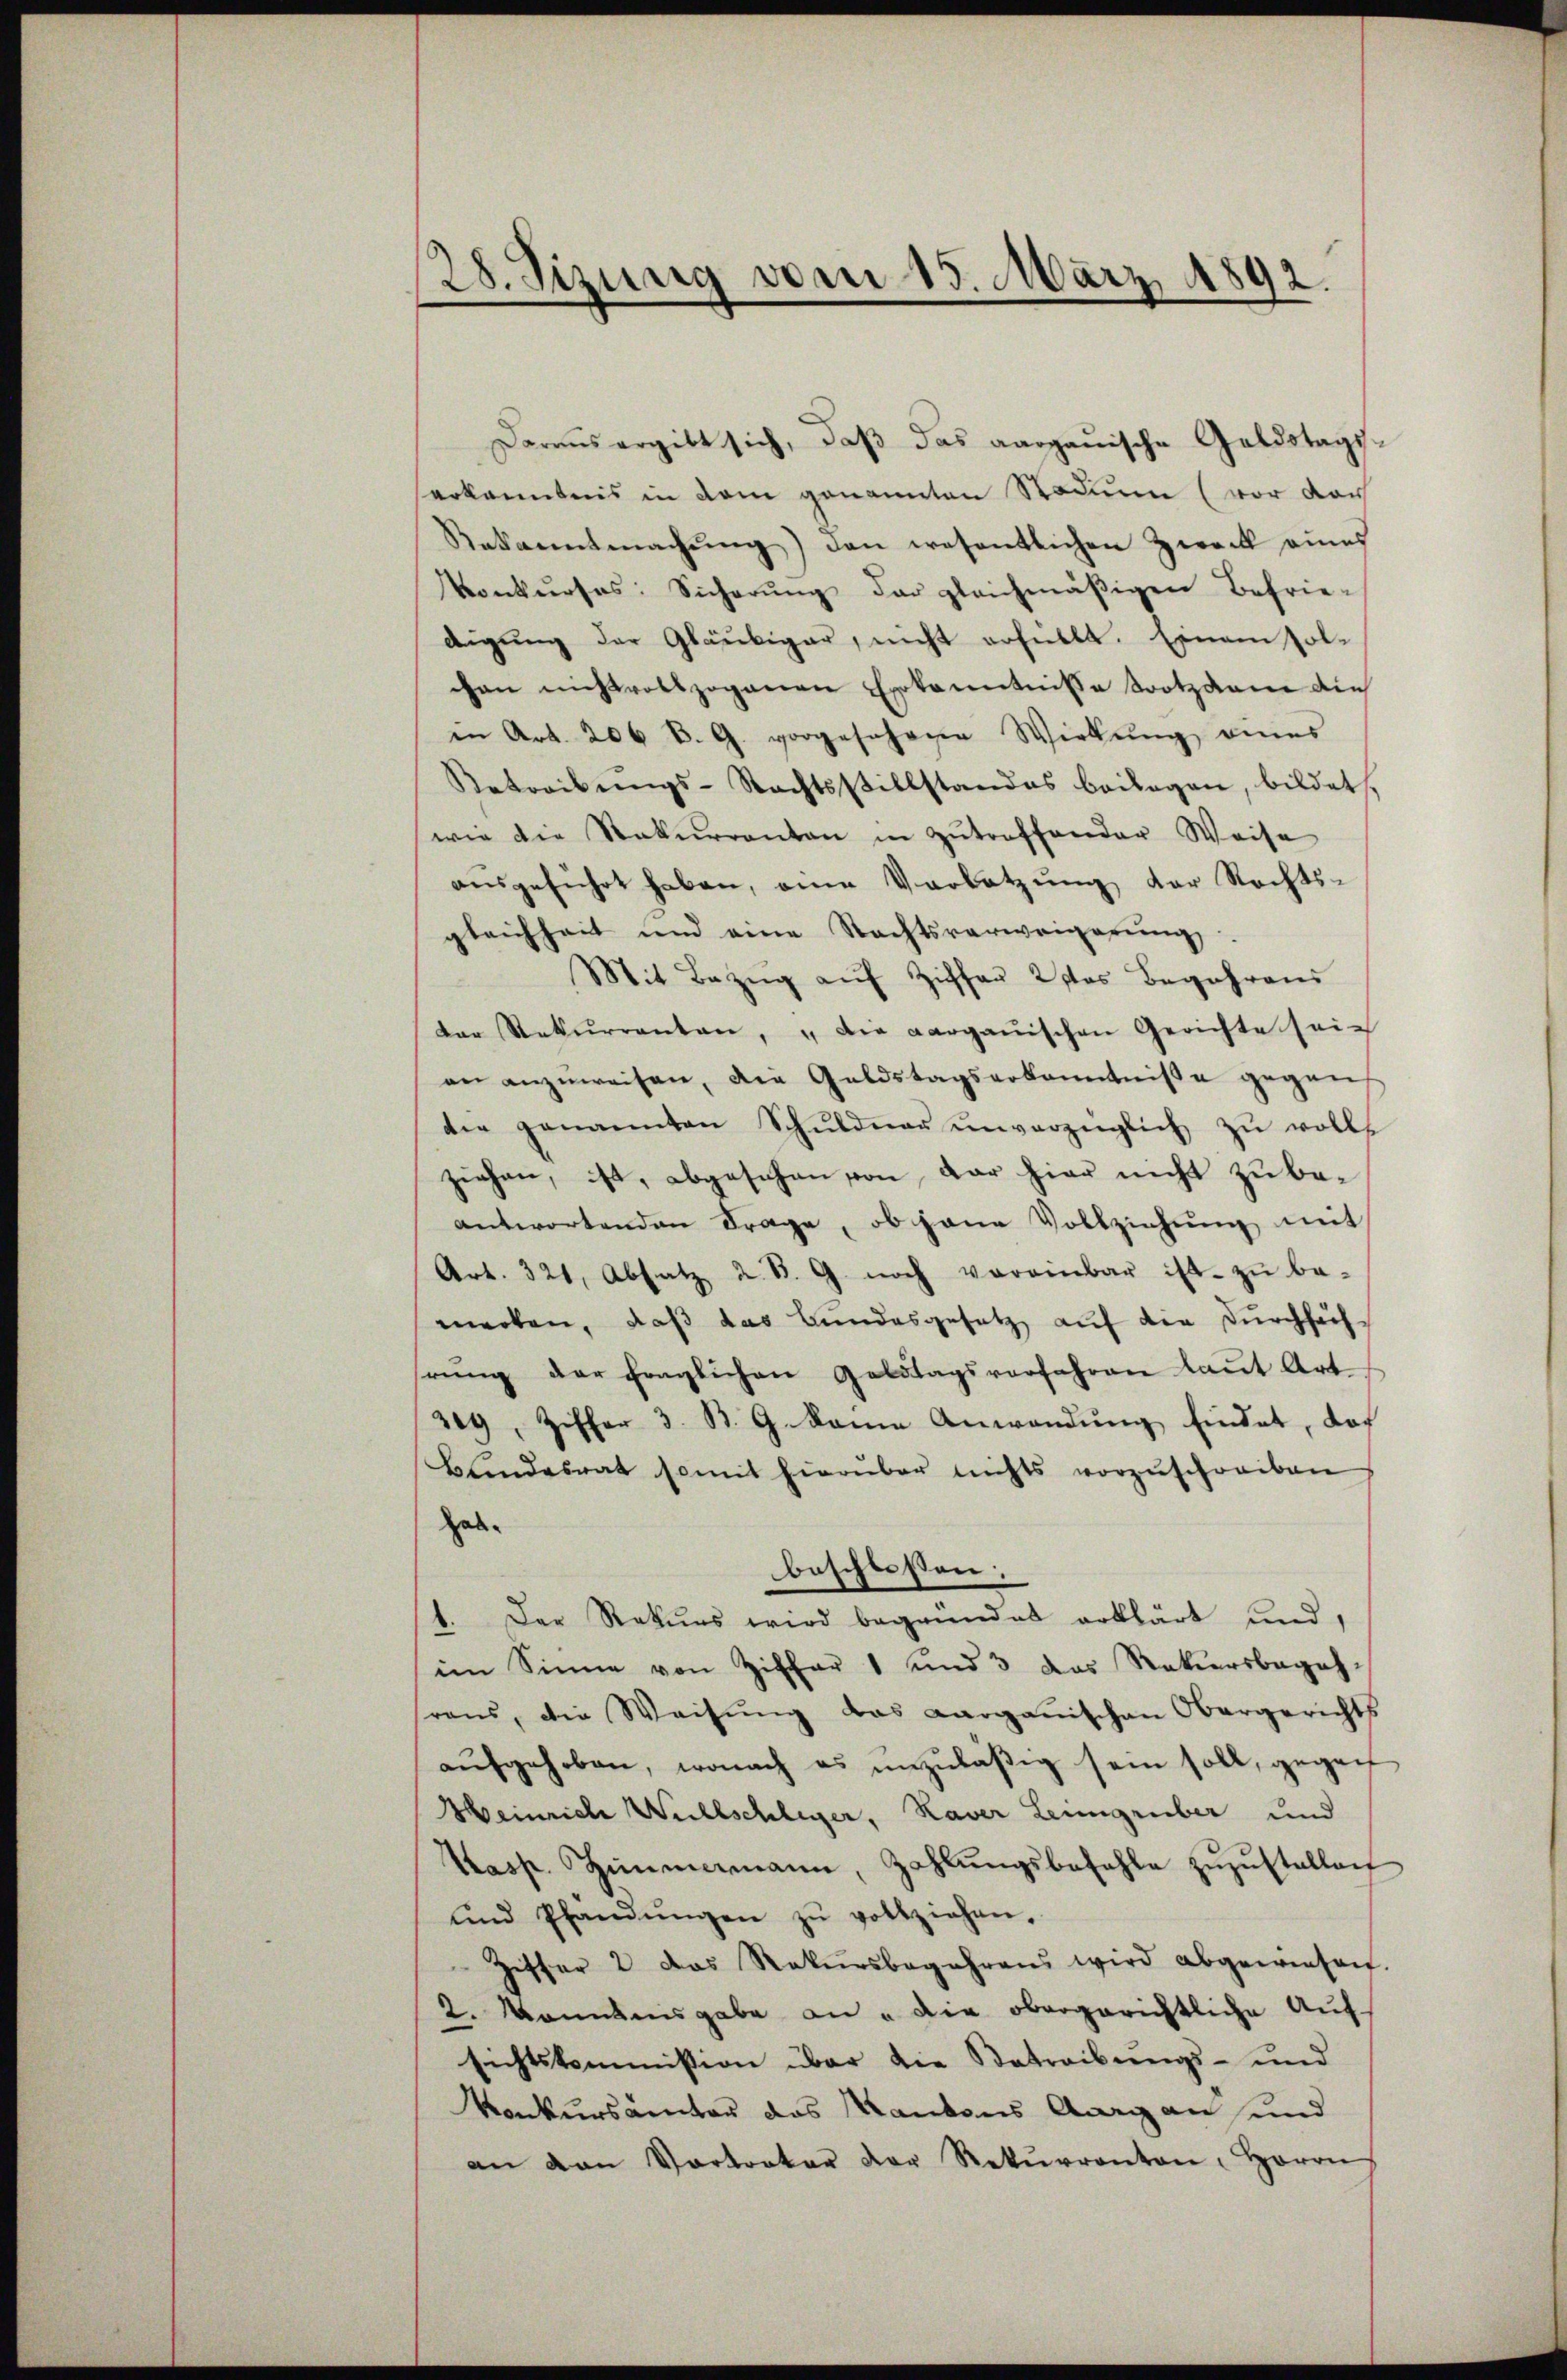
28. Sizung vom 15. März 1892.

Daraus ergibt sich, daß das aargauische Geldstagserkanntnis in dem genannten Radium (vor dar
Rekanntmachŭng) den wesentlichen Zweck eines
Vonkŭrses Sicherŭng das gleichmäßigen Befriedigŭng der Gläubiger, nicht erfüllt. Einem sol-
chen nichtvollzogenen Erkenntniße trotzdem die
in Art. 206 B. G. vorgesehene Wirkŭng eines
Betreibŭngs-Rechtsstillstandes beilagen, bildet,
wie die Rekurrenten in Zŭtroffender Weise
ausgeführt haben, eine Verletzung der Rechts-
gleichheit und eine Rechtsverweigerŭng.
Mit Bezug auf Ziff. 2 des Begehrens
Der Rekurrenten, u die aargauischen Gerichte sein
an anzŭweisen, die Geldstagserkanntniße gegens
die genannten Schŭldner ŭnverzüglich zŭ volls
ziehen, ist, abgesehen von der hier nicht zu beantwortenden Frage, ob jene Vollziehŭng mit
Art. 321, Absatz 2. B. G. noch vereinbar ist zŭ be-
merken, daß das Bundesgesetz auf der Durchsuchhrŭng der fraglichen Geldtagsverfahren laut Art.
319, Ziffer 3. B. G. Name Anwendŭng findet, doch
Blindesrat somit hierüber nichts vorzŭschreiben
Hab.
beschlossen:
1. Der Rekurs wird begründet erklärt und,
im Sinne von Ziffer 1 und 3 das Rekursbegeh-
rens, die Weisŭng das Aarganischen Obergerichts
aŭfgehoben, wonach es unzuläßig sein soll, gegen
Heinriche Willschleger, Kaver Leimgrüber und
Kasp. Himmermann, Zahlŭngsbefehle zŭzŭstellen
und Pfandŭngen zŭ vollziehen.
Ziffer 2 das Rekursbegehrens wird abgewiesen.
2. konntens gabe an " die obergerichtliche Aufsichtskommission über die Betreibungs- und
Konkursämter das Kantons Aargau und
an van Vortreter der Rekŭrrenten, Herrn